Indian journal of veterinary science and animal husbandry - Volumes 18-21, 1948-1951
Year: 1948
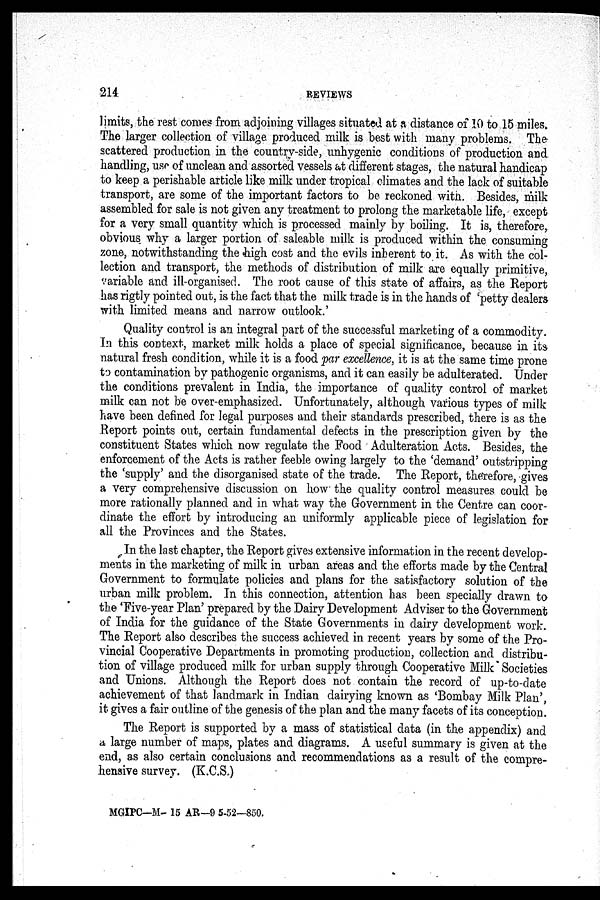
214
REVIEWS
limits, the rest comes from adjoining villages situated at a distance of 10 to 15 miles.
The larger collection of village produced milk is best with many problems. The
scattered production in the country-side, unhygenic conditions of production and
handling, use of unclean and assorted vessels at different stages, the natural handicap
to keep a perishable article like milk under tropical climates and the lack of suitable
transport, are some of the important factors to be reckoned with. Besides, milk
assembled for sale is not given any treatment to prolong the marketable life, except
for a very small quantity which is processed mainly by boiling. It is, therefore,
obvious why a larger portion of saleable milk is produced within the consuming
zone, notwithstanding the high cost and the evils inherent to it. As with the col-
lection and transport, the methods of distribution of milk are equally primitive,
variable and ill-organised. The root cause of this state of affairs, as the Report
has rigtly pointed out, is the fact that the milk trade is in the hands of 'petty dealers
with limited means and narrow outlook.'
Quality control is an integral part of the successful marketing of a commodity.
In this context, market milk holds a place of special significance, because in its
natural fresh condition, while it is a food par excellence, it is at the same time prone
to contamination by pathogenic organisms, and it can easily be adulterated. Under
the conditions prevalent in India, the importance of quality control of market
milk can not be over-emphasized. Unfortunately, although various types of milk
have been defined for legal purposes and their standards prescribed, there is as the
Report points out, certain fundamental defects in the prescription given by the
constituent States which now regulate the Food Adulteration Acts. Besides, the
enforcement of the Acts is rather feeble owing largely to the 'demand' outstripping
the 'supply' and the disorganised state of the trade. The Report, therefore, gives
a very comprehensive discussion on how the quality control measures could be
more rationally planned and in what way the Government in the Centre can coor-
dinate the effort by introducing an uniformly applicable piece of legislation for
all the Provinces and the States.
In the last chapter, the Report gives extensive information in the recent develop-
ments in the marketing of milk in urban areas and the efforts made by the Central
Government to formulate policies and plans for the satisfactory solution of the
urban milk problem. In this connection, attention has been specially drawn to
the 'Five-year Plan' prepared by the Dairy Development Adviser to the Government
of India for the guidance of the State Governments in dairy development work.
The Report also describes the success achieved in recent years by some of the Pro-
vincial Cooperative Departments in promoting production, collection and distribu-
tion of village produced milk for urban supply through Cooperative Milk Societies
and Unions. Although the Report does not contain the record of up-to-date
achievement of that landmark in Indian dairying known as 'Bombay Milk Plan',
it gives a fair outline of the genesis of the plan and the many facets of its conception.
The Report is supported by a mass of statistical data (in the appendix) and
a large number of maps, plates and diagrams. A useful summary is given at the
end, as also certain conclusions and recommendations as a result of the compre-
hensive survey. (K.C.S.)
MGIPC—M— 15 AR—9 5-52—850.